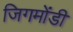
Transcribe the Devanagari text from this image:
जिगमोंडी